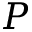
P